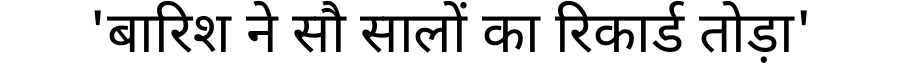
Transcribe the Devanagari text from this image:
'बारिश ने सौ सालों का रिकार्ड तोड़ा'